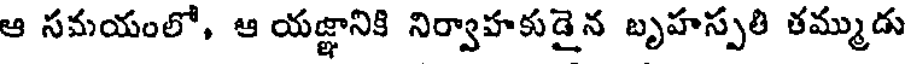
ఆ సమయంలో, ఆ యజ్ఞానికి నిర్వాహకుడైన బృహస్పతి తమ్ముడు